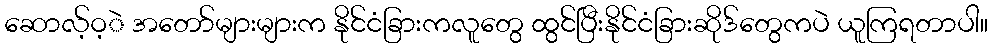
ဆောလ့်ဝ့ဲ အတော်များများက နိုင်ငံခြားကလူတွေ ထွင်ပြီးနိုင်ငံခြားဆိုဒ်တွေကပဲ ယူကြရတာပါ။